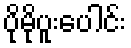
ပိုမိုပူးပေါင်း